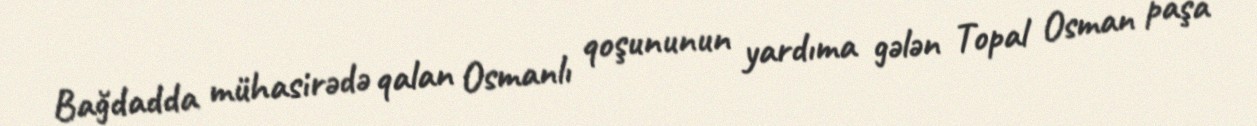
Bağdadda mühasirədə qalan Osmanlı qoşununun yardıma gələn Topal Osman paşa